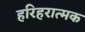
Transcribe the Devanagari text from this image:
हरिहरात्मक